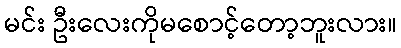
မင်း ဦးလေးကိုမစောင့်တော့ဘူးလား။